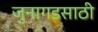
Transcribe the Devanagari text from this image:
जुनागडसाठी